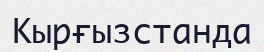
Кырғызстанда